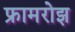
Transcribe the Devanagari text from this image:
फ्रामरोझ